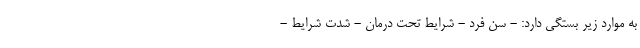
به موارد زیر بستگی دارد: - سن فرد - شرایط تحت درمان - شدت شرایط -